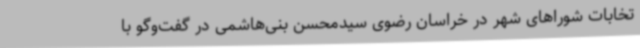
تخابات شوراهای شهر در خراسان رضوی سیدمحسن بنی‌هاشمی در گفت‌وگو با